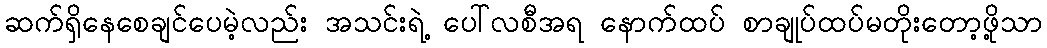
ဆက်ရှိနေစေချင်ပေမဲ့လည်း အသင်းရဲ့ ပေါ်လစီအရ နောက်ထပ် စာချုပ်ထပ်မတိုးတော့ဖို့သာ